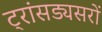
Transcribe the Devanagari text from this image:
ट्रांसड्यसरों